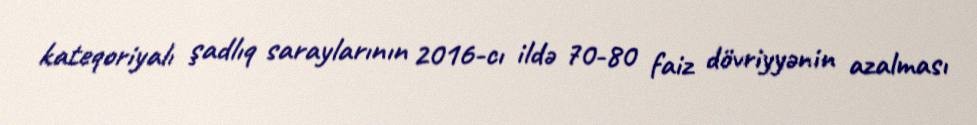
kateqoriyalı şadlıq saraylarının 2016-cı ildə 70-80 faiz dövriyyənin azalması